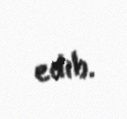
edib.